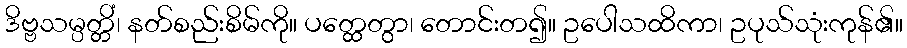
ဒိဗ္ဗသမ္ပတ္တိံ၊ နတ်စည်းစိမ်ကို။ ပတ္ထေတွာ၊ တောင်းတ၍။ ဥပေါသထိကာ၊ ဥပုသ်သုံးကုန်၏။